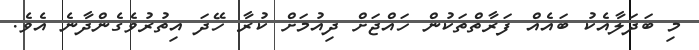
މި ބަދަލާއެކު ބައެއް ފަރާތްތަކުން ހައްޖަށް ދިއުމަށް ކުރާ ހޭދަ އިތުރުވެގެންދާނެ އެވެ.